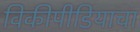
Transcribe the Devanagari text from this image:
विकीपीडियाचा